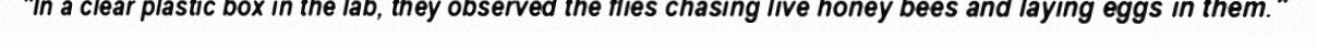
"In a clear plastic box in the lab, they observed the flies chasing live honey bees and laying eggs in them."